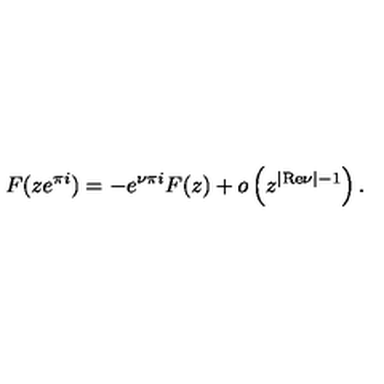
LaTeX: F ( z e ^ { \pi i } ) = - e ^ { \nu \pi i } F ( z ) + o \left( z ^ { | { \mathrm { R e } } \nu | - 1 } \right) .